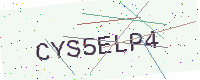
Text: CYS5ELP4